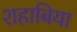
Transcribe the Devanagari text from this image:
शहाबिया